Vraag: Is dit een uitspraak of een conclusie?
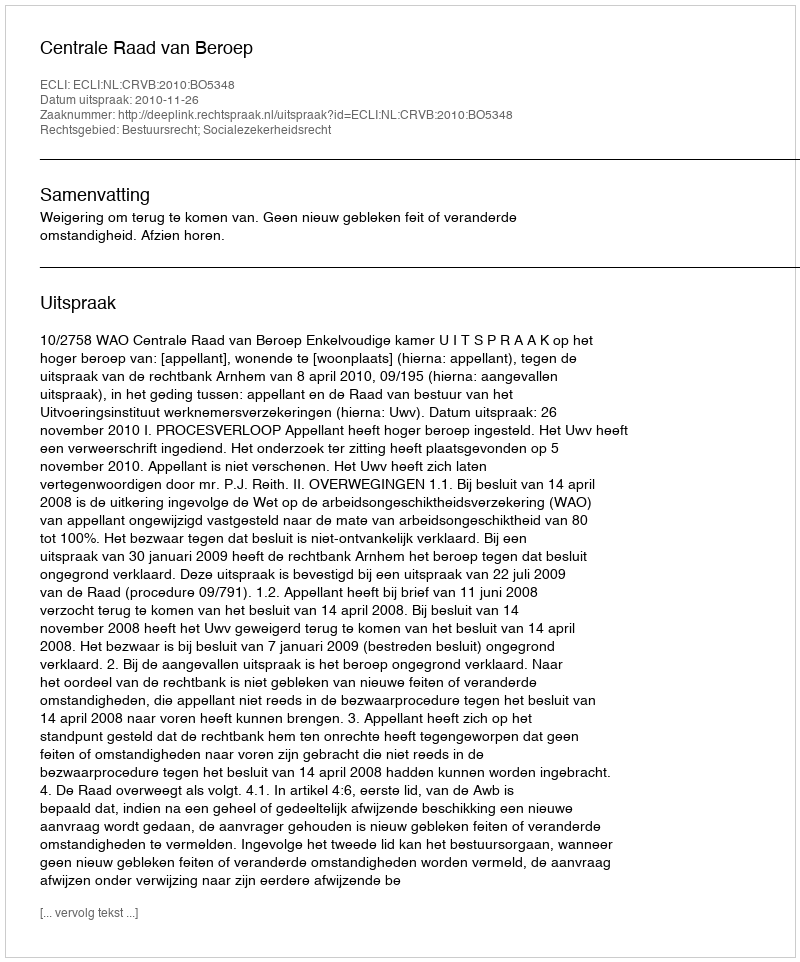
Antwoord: Uitspraak